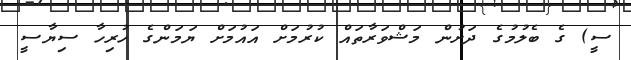
ސީ) ގެ ބެލުމުގެ ދަށުން މަޝްވަރާތައް ކުރުމަށް އައުމަށް ޔަމަންގެ ހުރިހާ ސިޔާސީ